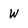
Character: W